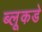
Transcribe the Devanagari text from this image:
ब्लूकडे